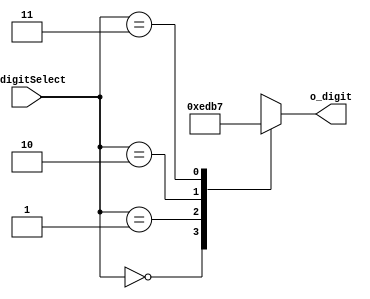
`timescale 1ns / 1ps

module decoder_2x4(
    input [1:0] i_digitSelect,

    output [3:0] o_digit
    );

    reg [3:0] r_digit;

    assign o_digit = r_digit;
    
    always @(*) begin
        case (i_digitSelect)
            2'b00 : r_digit = 4'b1110;
            2'b01 : r_digit = 4'b1101;
            2'b10 : r_digit = 4'b1011;
            2'b11 : r_digit = 4'b0111;
        endcase
    end
endmodule